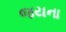
જયના